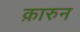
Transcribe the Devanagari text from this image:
क़ारुन